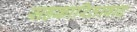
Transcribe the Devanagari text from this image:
सहकारितावाद